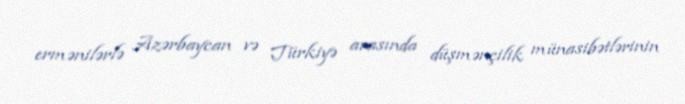
ermənilərlə Azərbaycan və Türkiyə arasında düşmənçilik münasibətlərinin